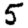
Digit: 5